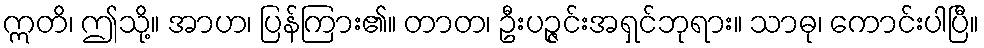
ဣတိ၊ ဤသို့။ အာဟ၊ ပြန်ကြား၏။ တာတ၊ ဦးပဉ္ဇင်းအရှင်ဘုရား။ သာဓု၊ ကောင်းပါပြီ။